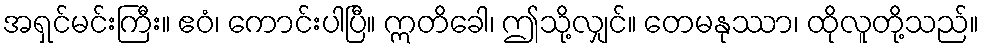
အရှင်မင်းကြီး။ ဧဝံ၊ ကောင်းပါပြီ။ ဣတိခေါ၊ ဤသို့လျှင်။ တေမနုဿာ၊ ထိုလူတို့သည်။